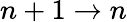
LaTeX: n+1\rightarrow n